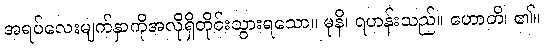
အရပ်လေးမျက်နှာကိုအလိုရှိတိုင်းသွားရသော။ မုနိ၊ ရဟန်းသည်။ ဟောတိ၊ ၏။